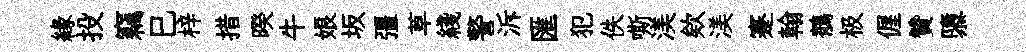
緣投竊巳梓措暌牛娘坂彊草綫警泝匯犯佚嘶渼欸渼蹇翰鶺极偓贊隳